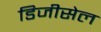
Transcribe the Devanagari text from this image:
डिजीसेल